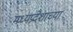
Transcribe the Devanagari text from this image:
मध्यप्रदेशाच्या